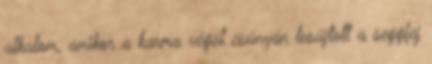
alkalom, amikor a karma végül csúnyán lesújtott a seggfej